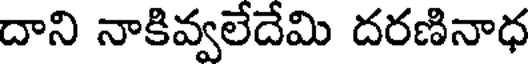
దాని నాకివ్వలేదేమి దరణినాధ